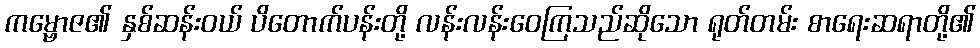
ကမ္ဗောဇ၏ နှစ်ဆန်းဝယ် ပိတောက်ပန်းတို့ လန်းလန်းဝေကြသည်ဆိုသော ရုတ်တမ်း စာရေးဆရာတို့၏